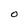
Character: 0